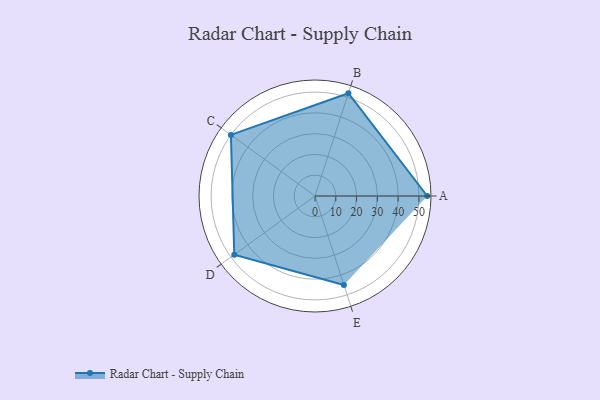
{"axis": {"x": "Skill", "y": "Score"}, "legend": ["Profile"], "data": [{"x": "A", "y": 54.0, "type": "Profile"}, {"x": "B", "y": 52.0, "type": "Profile"}, {"x": "C", "y": 50.0, "type": "Profile"}, {"x": "D", "y": 48.0, "type": "Profile"}, {"x": "E", "y": 45.0, "type": "Profile"}]}